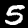
Label: 5